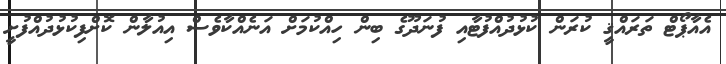
އެއާޕޯޓް ތަރައްޤީ ކުރަން ކުޅުދުއްފުޓާއި ފުނަދޫގެ ބިން ހިއްކުމަށް އަނެއްކާވެސް އިއުލާން ކޮށްފިކުޅުދުއްފުށީ